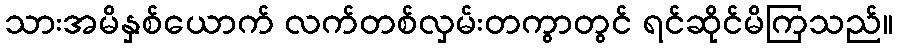
သားအမိနှစ်ယောက် လက်တစ်လှမ်းတကွာတွင် ရင်ဆိုင်မိကြသည်။